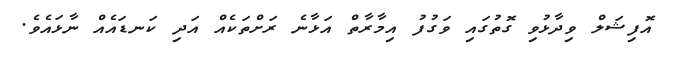
އޮފިޝަލް ވިދާޅުވި ގޮތުގައި ވަގުފު އިމާރާތް އަޅާނެ ރަށްތަކެއް އަދި ކަނޑައެއް ނާޅައެވެ.